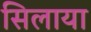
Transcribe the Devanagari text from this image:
सिलाया